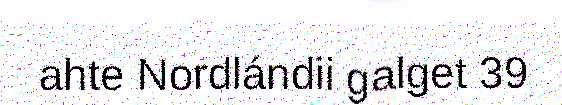
ahte Nordlándii galget 39